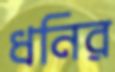
ধনির